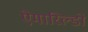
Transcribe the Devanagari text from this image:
ऐमारिल्डो